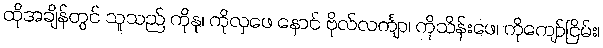
ထိုအချိန်တွင် သူသည် ကိုနု၊ ကိုလှဖေ နောင် ဗိုလ်လင်္ကျာ၊ ကိုသိန်းဖေ၊ ကိုကျော်ငြိမ်း၊